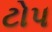
ટોપ